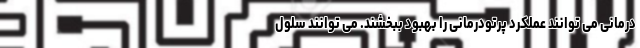
درمانی می توانند عملکرد پرتودرمانی را بهبود ببخشند. می توانند سلول